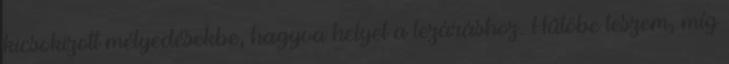
kicsokizott mélyedésekbe, hagyva helyet a lezáráshoz. Hűtőbe teszem, míg